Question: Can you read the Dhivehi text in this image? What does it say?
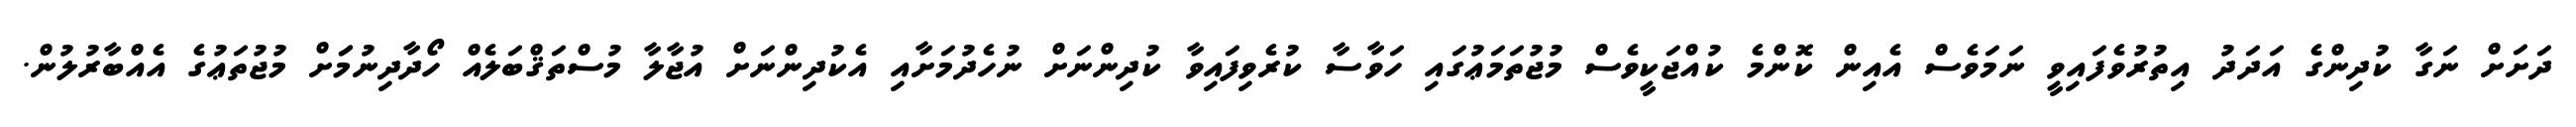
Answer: ދަށަށް ނަގާ ކުދިންގެ އަދަދު އިތުރުވެފައިވީ ނަމަވެސް އެއިން ކޮންމެ ކުއްޖަކީވެސް މުޖުތަމަޢުގައި ހަވާސާ ކުރެވިފައިވާ ކުދިންނަށް ނުހެދުމަށާއި އެކުދިންނަށް އުޖާލާ މުސްތަޤްބަލެއް ހޯދާދިނުމަަށް މުޖުތަޢުގެ އެއްބާރުލުން.